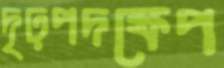
দৃঢ়পদক্ষেপ